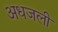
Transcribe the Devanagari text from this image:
अधजली